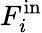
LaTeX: F_{i}^{\mathrm{in}}